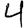
Digit: 4